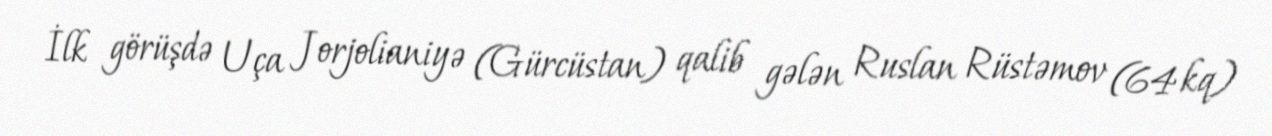
İlk görüşdə Uça Jorjolianiyə (Gürcüstan) qalib gələn Ruslan Rüstəmov (64 kq)